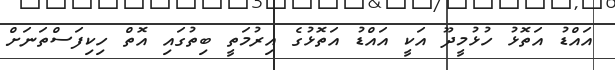
އައްޑު އަތޮޅު ހުޅުމީދޫ އަކީ އައްޑު އަތޮޅުގެ އިރުމަތީ ބިތުގައި އޮތް ހިކިފަސްތަނަށް